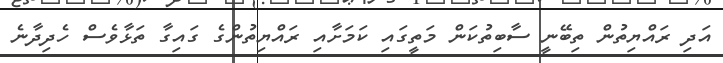
އަދި ރައްޔިތުން ތިބޭނީ ސާބިތުކަން މަތީގައި ކަމަށާއި ރައްޔިތުންގެ ގައިގާ ތަޅާވެސް ހެދިދާނެ